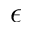
\epsilon